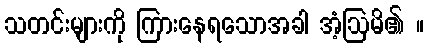
သတင်းများကို ကြားနေရသောအခါ အံ့ဩမိ၏ ။